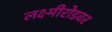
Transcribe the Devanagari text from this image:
लक्ष्मीरोडवर